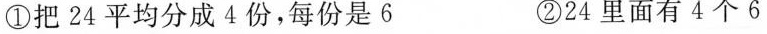
①把24平均分成4份，每份是6 ②24里面有4个6